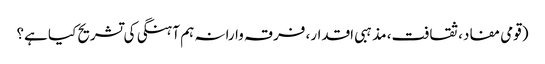
(قومی مفاد، ثقافت، مذہبی اقدار، فرقہ وارانہ ہم آہنگی کی تشریح کیا ہے؟